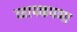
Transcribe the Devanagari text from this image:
व्यापकपणा